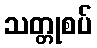
သတ္တုစပ်